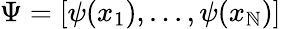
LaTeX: \Psi=[\psi(x_{1}),...,\psi(x_{\mathbb{N}})]